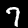
Digit: 7